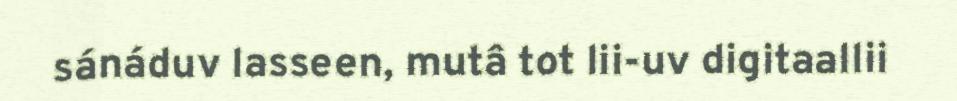
sánáduv lasseen, mutâ tot lii-uv digitaallii